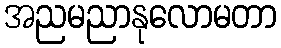
အညမညာနုလောမတာ